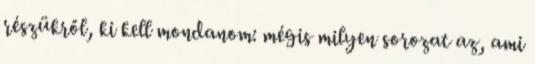
részükről, ki kell mondanom: mégis milyen sorozat az, ami